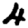
Digit: 4